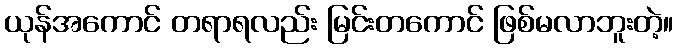
ယုန်အကောင် တရာရလည်း မြင်းတကောင် ဖြစ်မလာဘူးတဲ့။